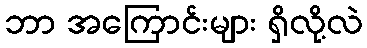
ဘာ အကြောင်းများ ရှိလို့လဲ